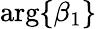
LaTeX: \mathrm{arg}\{ \beta_{1}\}